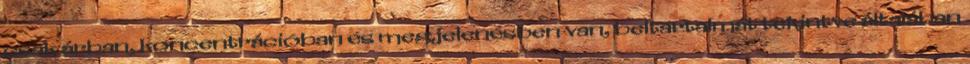
csak árban, koncentrációban és megjelenésben van, beltartalmát tekintve általában